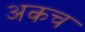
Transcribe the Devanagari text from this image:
अकच